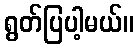
ရွတ်ပြပါ့မယ်။